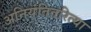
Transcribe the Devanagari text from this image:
अनियंतितरित्या